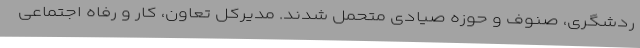
ردشگری، صنوف و حوزه صیادی متحمل شدند. مدیرکل تعاون، کار و رفاه اجتماعی